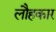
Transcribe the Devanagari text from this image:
लौहकार